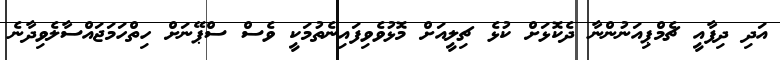
އަދި ދިފާއީ ޗެމްޕިއަނުންނާ ދެކޮޅަށް ކުޅެ ޗިލީއަށް މޮޅުވެވިފައިނެތުމަކީ ވެސް ސްޕޭނަށް ހިތްހަމަޖައްސާލެވިދާނެ